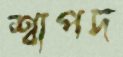
শ্বাপদ